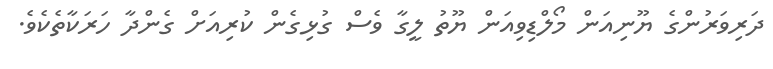
ދަރިވަރުންގެ ޔޫނިއަން މޯލްޑިވިއަން ޔޫތު ލީގާ ވެސް ގުޅިގެން ކުރިއަށް ގެންދާ ހަރަކާތެކެވެ.